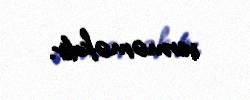
verməməkdir.